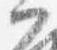
門